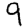
Digit: 9